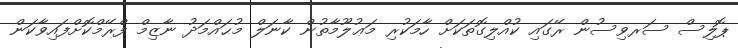
ޕޮލިސް ސަރވިސުން ރޭގައި ކުއްލިގޮތަކަށް ހާމަކުރި މަޢުލޫމާތުން ކާނަލް މުޙައްމަދު ނާޒިމް ފްރޭމްކޮށްފައިވާކަން